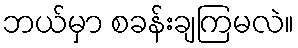
ဘယ်မှာ စခန်းချကြမလဲ။